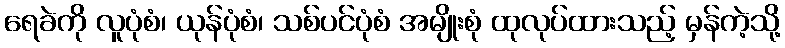
ရေခဲကို လူပုံစံ၊ ယုန်ပုံစံ၊ သစ်ပင်ပုံစံ အမျိုးစုံ ထုလုပ်ထားသည့် မှန်ကဲ့သို့